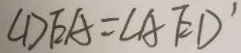
\angle D E A = \angle A E D ^ { \prime }